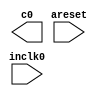
module VGAFrequency (
	areset,
	inclk0,
	c0);
	input	  areset;
	input	  inclk0;
	output	  c0;
`ifndef ALTERA_RESERVED_QIS
// synopsys translate_off
`endif
	tri0	  areset;
`ifndef ALTERA_RESERVED_QIS
// synopsys translate_on
`endif
endmodule